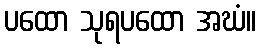
ပထော သုရပထော အဃံ။